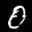
Label: 0